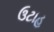
ઉટાહ